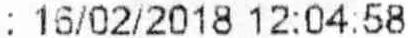
: 16/02/2018 12:04:58